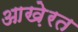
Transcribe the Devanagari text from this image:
आखे़रत